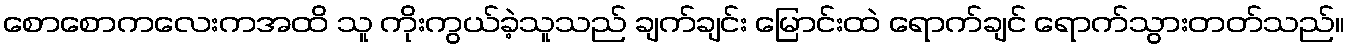
စောစောကလေးကအထိ သူ ကိုးကွယ်ခဲ့သူသည် ချက်ချင်း မြောင်းထဲ ရောက်ချင် ရောက်သွားတတ်သည်။